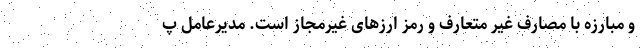
و مبارزه با مصارف غیر متعارف و رمز ارزهای غیرمجاز است. مدیرعامل پ